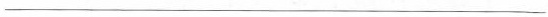
___